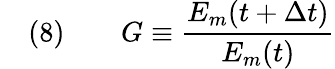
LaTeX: \quad(8)\qquad G\equiv{\frac{E_{m}(t+\Delta t)}{E_{m}(t)}}